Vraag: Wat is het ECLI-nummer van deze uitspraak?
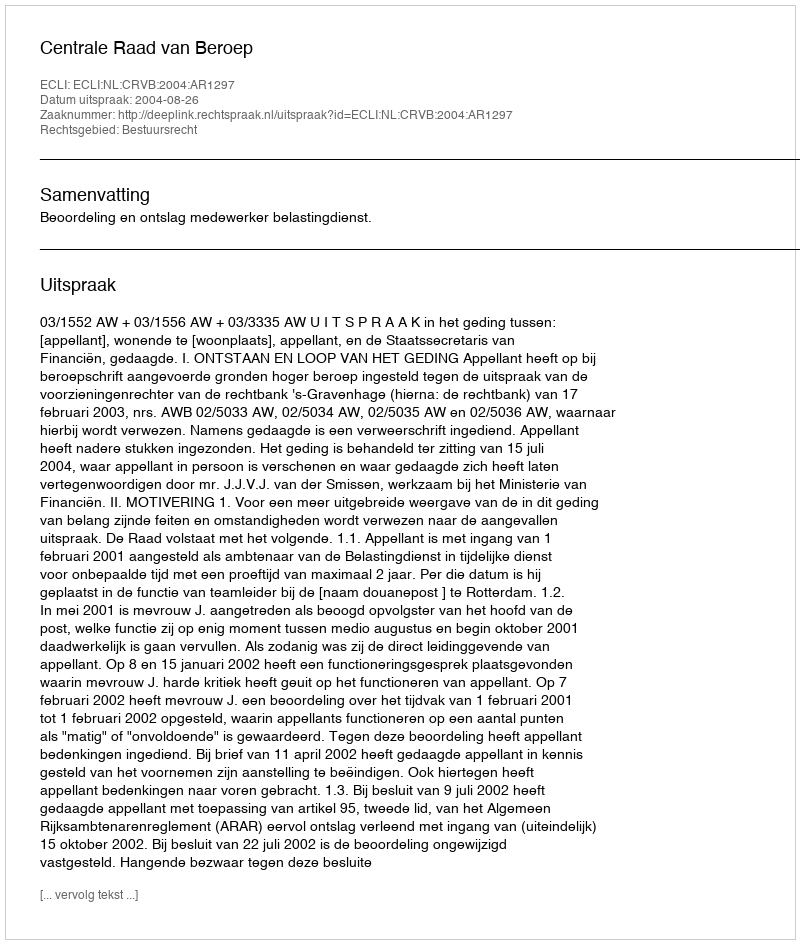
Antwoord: ECLI:NL:CRVB:2004:AR1297